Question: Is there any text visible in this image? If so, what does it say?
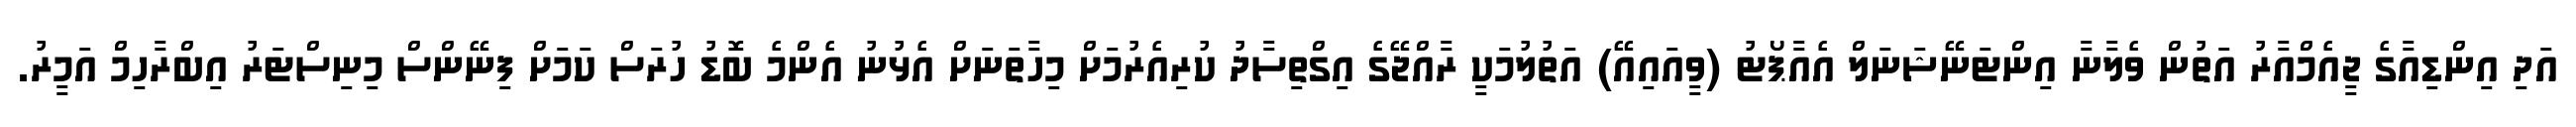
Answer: އަދި އިންޑިއާގެ ޖީއެމްއާރު އަތުން ވެލާނާ އިންޓަނޭޝަނަލް އެއާޕޯޓު (ވީއައިއޭ) އަތުލުމަކީ ރާއްޖޭގެ އިގްތިސާދު ކުރިއެރުމަށް މިހާތަނަށް އެޅުނު އެންމެ ބޮޑު ހުރަސް ކަމަށް ފިނޭންސް މިނިސްޓަރު އިބްރާހިމް އަމީރު.